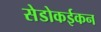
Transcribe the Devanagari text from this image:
सेडोकईकन